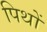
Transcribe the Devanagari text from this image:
पिथों